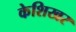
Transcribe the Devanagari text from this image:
केशिखर